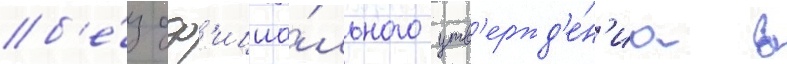
б'е́з оф'ициа́льного утв'ержд'е́н'иа в